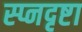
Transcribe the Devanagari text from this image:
स्प्नदृष्टा